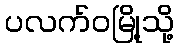
ပလက်ဝမြို့သို့